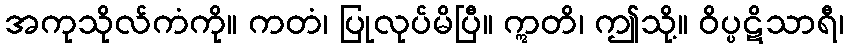
အကုသိုလ်ကံကို။ ကတံ၊ ပြုလုပ်မိပြီ။ ဣတိ၊ ဤသို့။ ဝိပ္ပဋိသာရီ၊